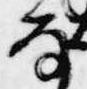
な